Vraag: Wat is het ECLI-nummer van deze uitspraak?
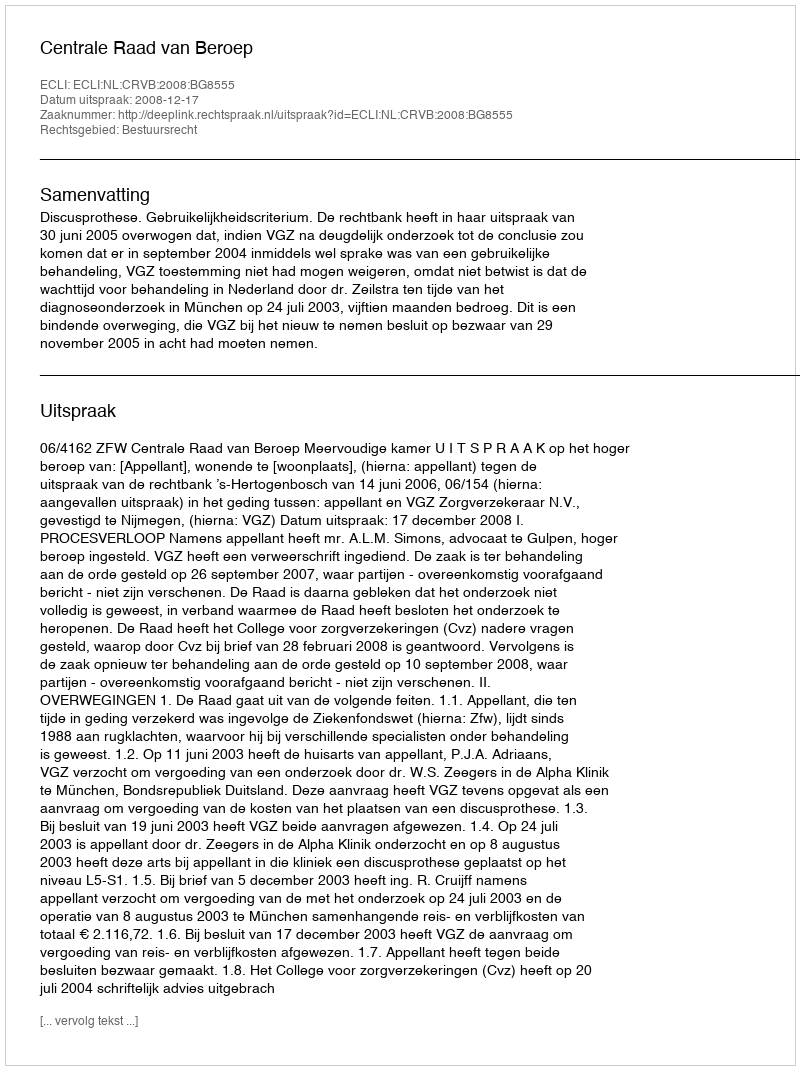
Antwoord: ECLI:NL:CRVB:2008:BG8555